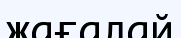
жағалай